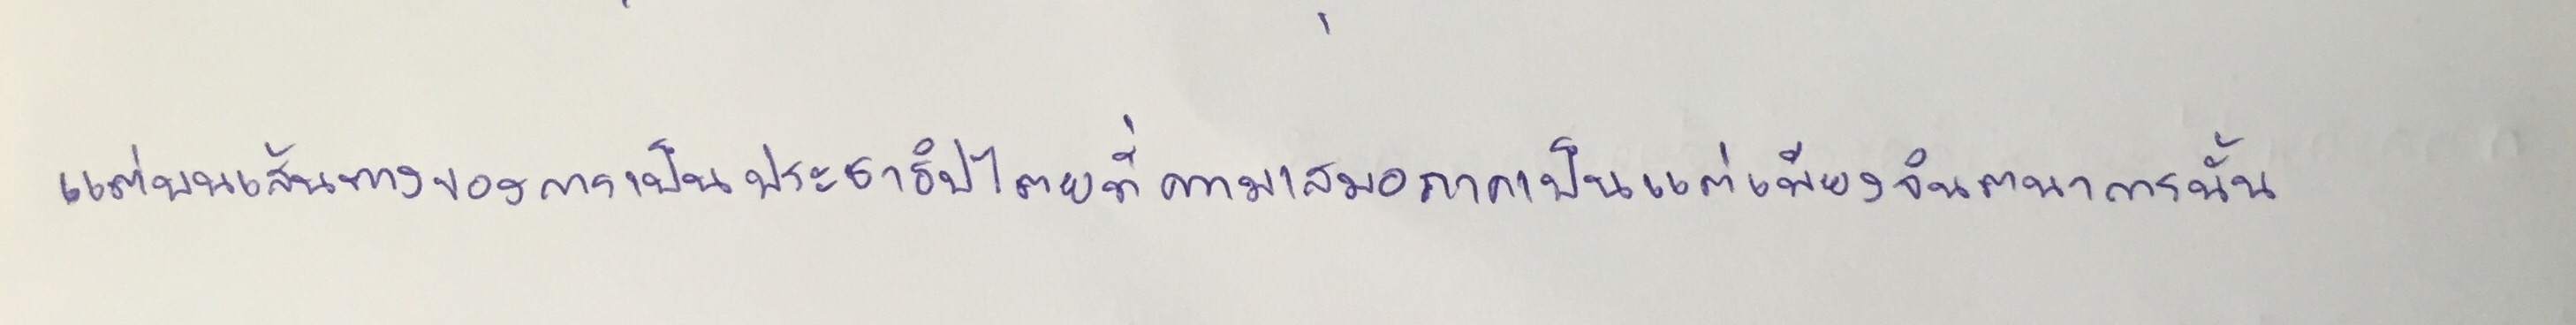
แต่บนเส้นทางของการเป็นประชาธิปไตยที่ความเสมอภาคเป็นแต่เพียงจินตนาการนั้น